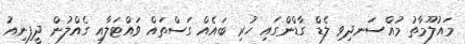
މައުލޫމާތު މުއްސަނދިވި ލެޑް ގާޑްންގައި ހުރި ބައެއް ގަސްތައް ވައްޓަލާއި ގެއްލުން ދީފިނިއު